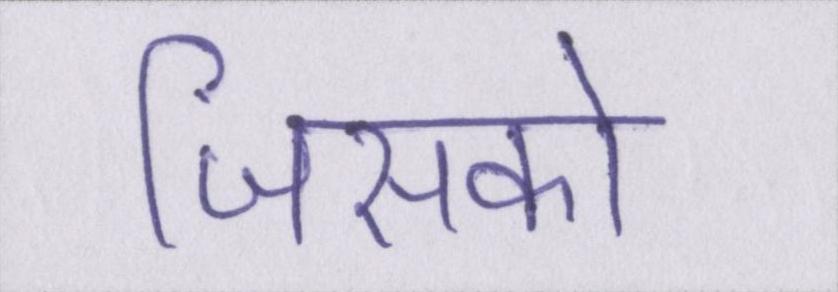
जिसको